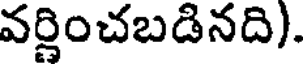
వర్ణించబడినది).